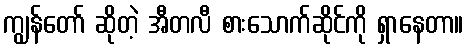
ကျွန်တော် ဆိုတဲ့ အီတလီ စားသောက်ဆိုင်ကို ရှာနေတာ။